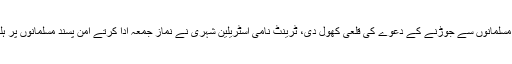
نیوزی لینڈ میں آج پیش آنے والے واقعے نے مغربی ممالک کی جانب سے دہشتگردی کو مسلمانوں سے جوڑنے کے دعوے کی قلعی کھول دی، ٹرینٹ نامی آسٹریلین شہری نے نماز جمعہ ادا کرتے امن پسند مسلمانوں پر ہلہ بول دیا اور اندھا دھند فائرنگ کر کے 49 نمازیوں کو شہید اور متعدد کو زخمی کر دیا۔